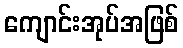
ကျောင်းအုပ်အဖြစ်